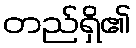
တည်ရှိ၏